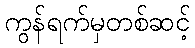
ကွန်ရက်မှတစ်ဆင့်